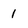
Character: 1